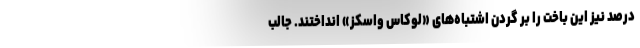
درصد نیز این باخت را بر گردن اشتباه‌های «لوکاس واسکز» انداختند. جالب